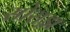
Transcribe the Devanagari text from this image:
सोराझ़